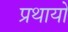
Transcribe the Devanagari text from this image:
प्रथायो